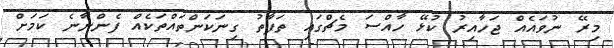
މިރޭ ނުވައެއް ޖަހާއިރު ކުޅޭ ހާއްސަ މެޗްގައި ތަފާތު ގިނަކަންތައްތަކެއް ފެންނާނެ ކަމަށް